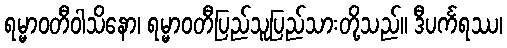
ရမ္မာဝတီဝါသိနော၊ ရမ္မာဝတီပြည်သူပြည်သားတို့သည်။ ဒီပင်္ကရဿ၊